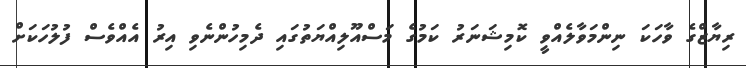
ރިޔާޒްގެ ވާހަކަ ނިންމަވާލެއްވީ ކޮމިޝަނަރު ކަމުގެ މަސްއޫލިއްޔަތުގައި ދެމިހުންނެވި އިރު އެއްވެސް ފުލުހަކަށް